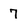
Character: 7